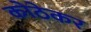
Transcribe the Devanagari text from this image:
कोठेकर